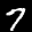
Label: 7